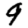
Digit: 9